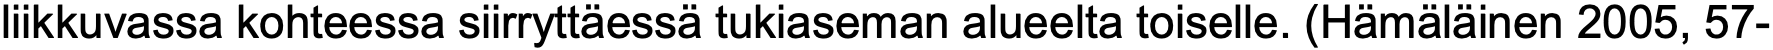
liikkuvassa kohteessa siirryttäessä tukiaseman alueelta toiselle. (Hämäläinen 2005, 57-